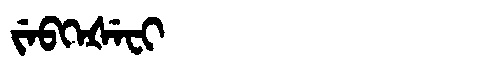
Manchu: ᠵᡝᠪᡴᡝᡧᡝᠸᡳ
Romanization: JEBKEŠEFI